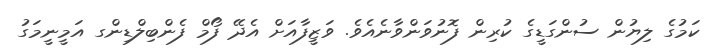
ކަމުގެ ލިޔުން ސުންގަޑީގެ ކުރިން ފޮނުވަންވާނެއެވެ. ވަޒީފާއަށް އެދޭ ފޯމް ފެންބިލްޑިންގ އަމީނީމަގު